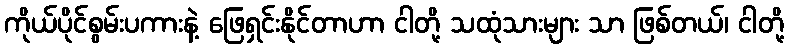
ကိုယ်ပိုင်စွမ်းပကားနဲ့ ဖြေရှင်းနိုင်တာဟာ ငါတို့ သထုံသားများ သာ ဖြစ်တယ်၊ ငါတို့